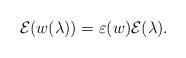
LaTeX: \begin{align*}\mathcal E(w(\lambda)) = \varepsilon (w) \mathcal E (\lambda).\end{align*}